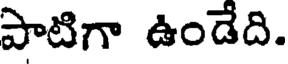
పాటిగా ఉండేది.